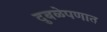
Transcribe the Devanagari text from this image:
दुबळेपणात